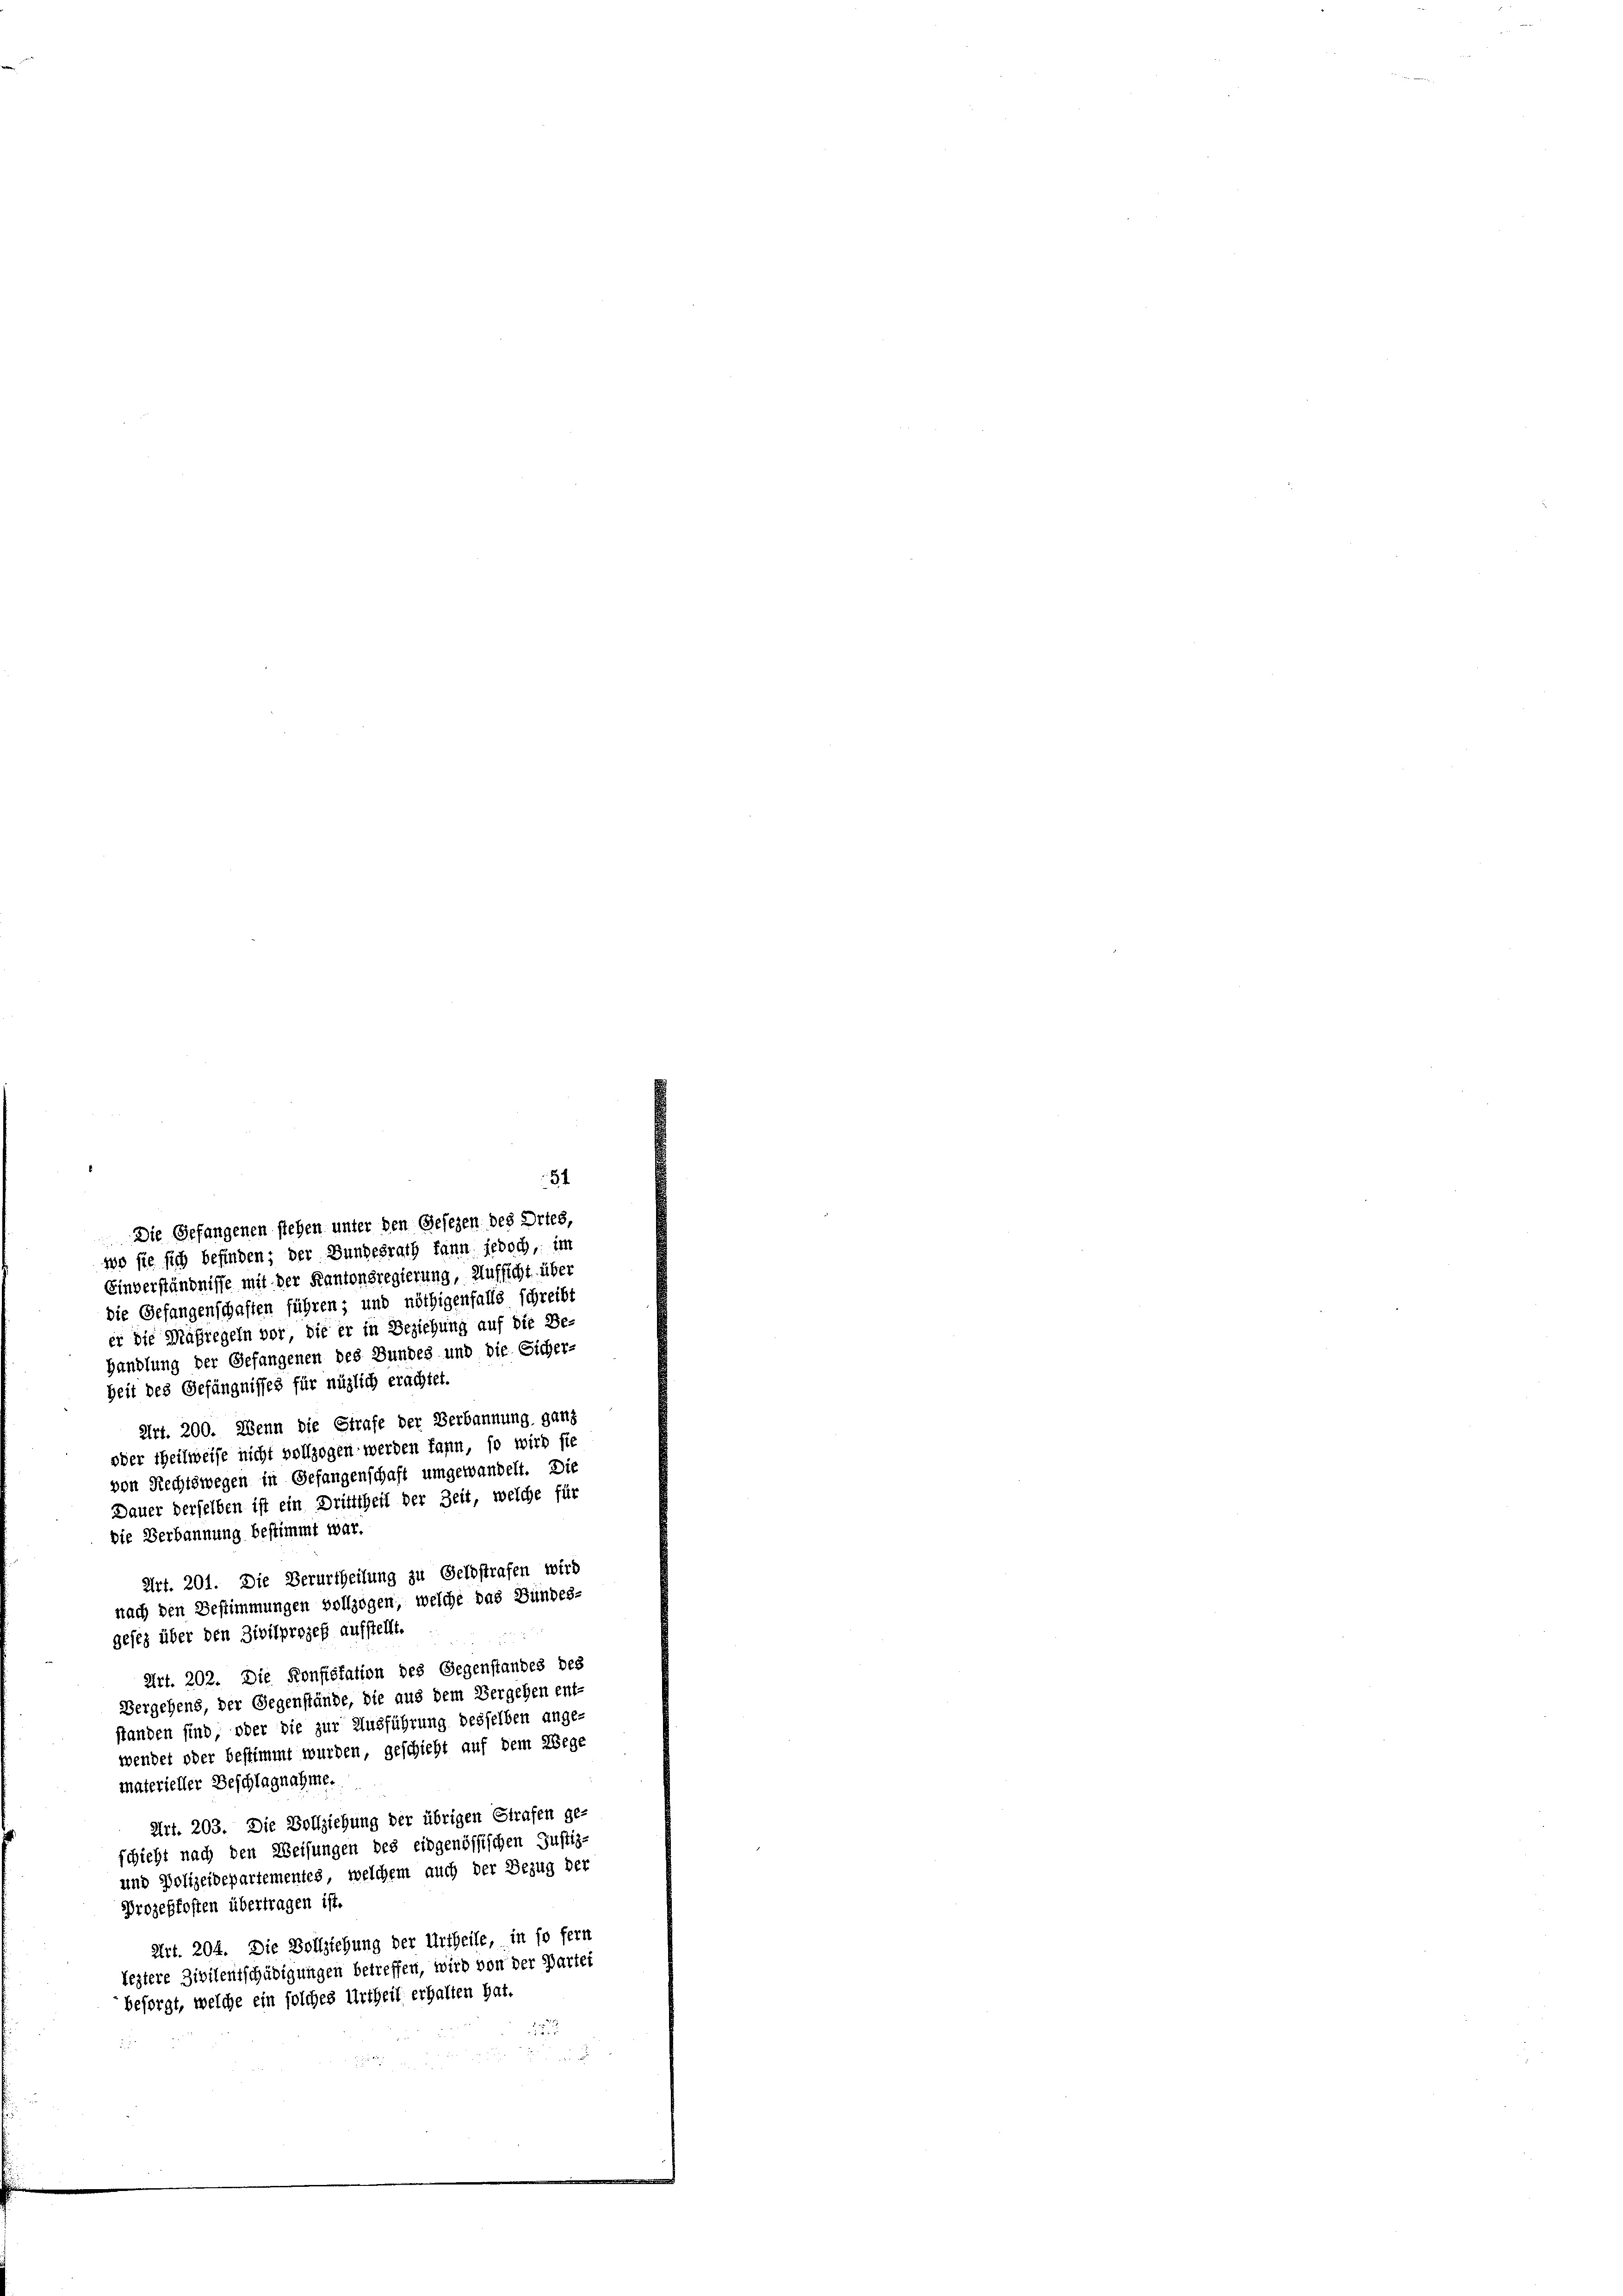
Die Gefangenen stehen unter den Gesezen des Ortes,
wo sie sich befinden; der Bundesrath kann jedoch, im
Einverständnisse mit der Kantonsregierung, Aufsicht über
die Gefangenschaften führen; und nöthigenfalls schreibt
er die Maßregeln vor, die er in Beziehung auf die Be-
Handlung der Gefangenen des Bundes und die Sicher-
Zeit des Gefängnisses für nüglich erachtet.
Art. 200. Wenn die Strafe der Verbannung ganz
oder Theilweise nicht vollzogen werden kann, so wird sie
von Rechtswegen in Gefangenschaft umgewandelt. Die
Dauer derselben ist ein Dritttheil der Zeit, welche für
Die Verbannung bestimmt war.
Art. 201. Die Verurtheilung zu Geldstrafen wird
nach den Bestimmungen vollzogen, welche das Bundes-
gesez über den Zivilprozeß aufstellt.
Art. 202. Die Konstitation des Gegenstandes des
Vergehens, der Gegenstände, die aus dem Vergehen ent-
standen sind, oder die zur Ausführung desselben ange-
wendet oder bestimmt wurden, geschicht auf dem Wege
materieller Beschlagnahme.
Art. 203. Die Vollziehung der übrigen Strafen ge-
schieht nach den Weisungen des eidgenössischen Justiz-
und Polizeidepartementes, welchem auch der Bezug der
Prozeßkosten übertragen ist.
Art. 204. Die Vollziehung der Urtheile, in so fern
leztere Zivilentschädigungen betreffen, wird von der Partei
besorgt, welche ein solches Urtheil erhalten hat,
123

54